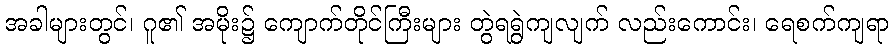
အခါများတွင်၊ ဂူ၏ အမိုး၌ ကျောက်တိုင်ကြီးများ တွဲရရွဲကျလျက် လည်းကောင်း၊ ရေစက်ကျရာ